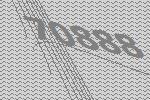
70888